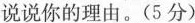
说说你的理由。(5分）